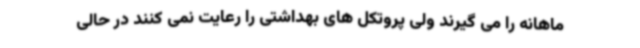
ماهانه را می گیرند ولی پروتکل های بهداشتی را رعایت نمی کنند در حالی